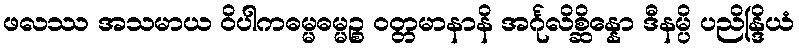
ဖလဿ အသမာယ ဝိပါကဓမ္မဓမ္မဉ္စ ဝတ္တမာနာနိ အင်္ဂုလိစ္ဆိန္နော ဒီနမ္ပိ ပညိန္ဒြိယံ